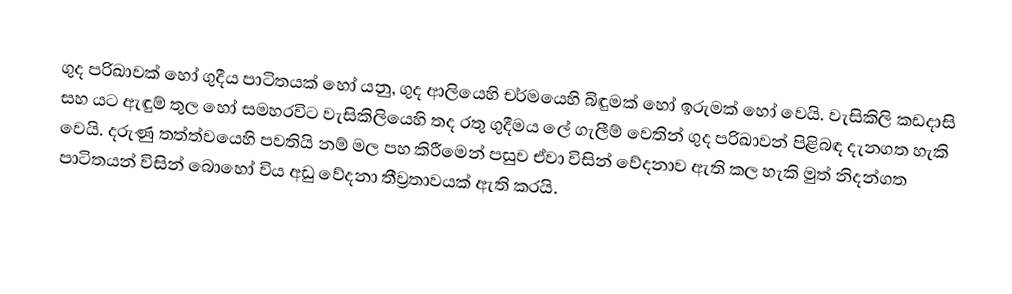
ගුද පරිඛාවක් හෝ  ගුදීය පාටිතයක් හෝ යනු,  ගුද ආලියෙහි චර්මයෙහි බිඳුමක් හෝ ඉරුමක් හෝ වෙයි. වැසිකිලි කඩදාසි සහ යට ඇඳුම් තුල හෝ සමහරවිට වැසිකිලියෙහි තද රතු ගුදීමය ලේ ගැලීම් වෙතින් ගුද පරිඛාවන් පිළිබඳ දැනගත හැකි වෙයි.  දරුණු තත්ත්වයෙහි පවතියි නම් මල පහ කිරීමෙන් පසුව ඒවා  විසින්  වේදනාව ඇති කල හැකි මුත්  නිදන්ගත පාටිතයන් විසින් බොහෝ විය අඩු වේදනා තීව්‍රතාවයක් ඇති කරයි.